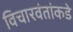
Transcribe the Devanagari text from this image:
विचारवंतांकडे